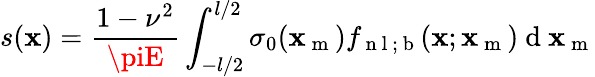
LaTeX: s(\mathbf{x})=\frac{{1-\nu^{2}}}{{\piE}}\int_{-l/2}^{l/2}\sigma_{0}(\mathbf{x}_{\mathrm{{~m~}}})f_{\mathrm{{~n~l~;~b~}}}(\mathbf{x};\mathbf{x}_{\mathrm{{~m~}}})\mathrm{{~d~}}\mathbf{x}_{\mathrm{{~m~}}}